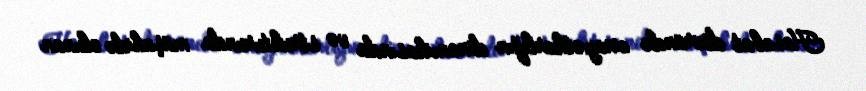
Hesabat dövründə cinayətkarlığın dinamikasında və strukturunda müşahidə olunan